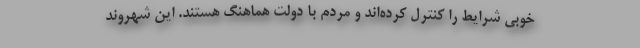
خوبی شرایط را کنترل کرده‌اند و مردم با دولت هماهنگ هستند. این شهروند